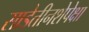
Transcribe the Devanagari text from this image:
साडेतीनशेपेक्षा